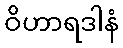
ဝိဟာရဒါနံ